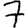
Digit: 7